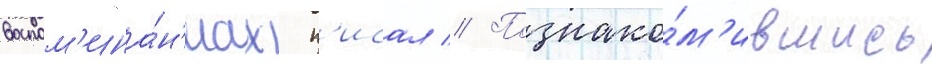
воспом'ина́н'иах п'исал // Познако́м'ившись